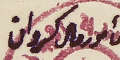
مأمور مال كسروان